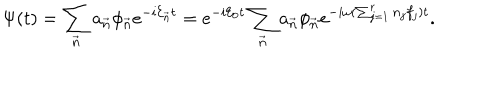
\Psi ( t ) = \sum _ { \vec { n } } a _ { \vec { n } } \phi _ { \vec { n } } e ^ { - i { \cal E } _ { \vec { n } } t } = e ^ { - i { \cal E } _ { 0 } t } \sum _ { \vec { n } } a _ { \vec { n } } \phi _ { \vec { n } } e ^ { - i \omega ( \sum _ { j = 1 } ^ { r } n _ { j } f _ { j } ) t } .